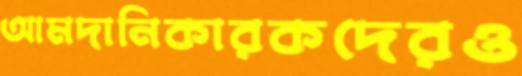
আমদানিকারকদেরও